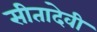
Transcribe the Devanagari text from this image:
सीतादेवी